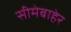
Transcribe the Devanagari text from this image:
सीमेबाहेर